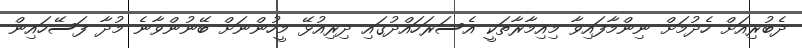
ދެބުރިއަށް ހެދުމަށް ނިންމާފައިވާ މިއިމާރާތަކީ އެސަރަހައްދުގައި ދިރިއުޅޭ މީހުންނަށް ބޭނުންވާނެ މުދާ ފަސޭހައިން